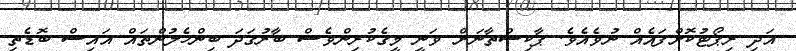
އަދި ރިޕޯޓުކޮށްފައެއް ނުވެއެވެ. ޕާކިސްތާނަށް ވަނީ މީގެކުރިންވެސް ބާރުގަދަ ބިންހެލުންތައް އައިސް ބޮޑެތި